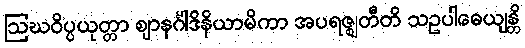
ဩဃဝိပ္ပယုတ္တာ ဈာနင်္ဂါဒိနိယာမိကာ အပရဇ္ဈတီတိ သဥပါဓေယျန္တိ